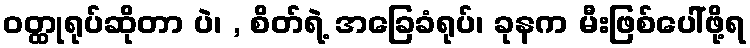
ဝတ္ထုရုပ်ဆိုတာ ပဲ၊ , စိတ်ရဲ့ အခြေခံရုပ်၊ ခုနက မီးဖြစ်ပေါ်ဖို့ရ